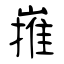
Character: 嶊